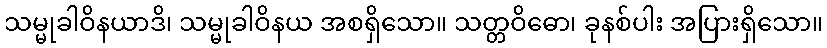
သမ္မုခါဝိနယာဒိ၊ သမ္မုခါဝိနယ အစရှိသော။ သတ္တဝိဓော၊ ခုနစ်ပါး အပြားရှိသော။